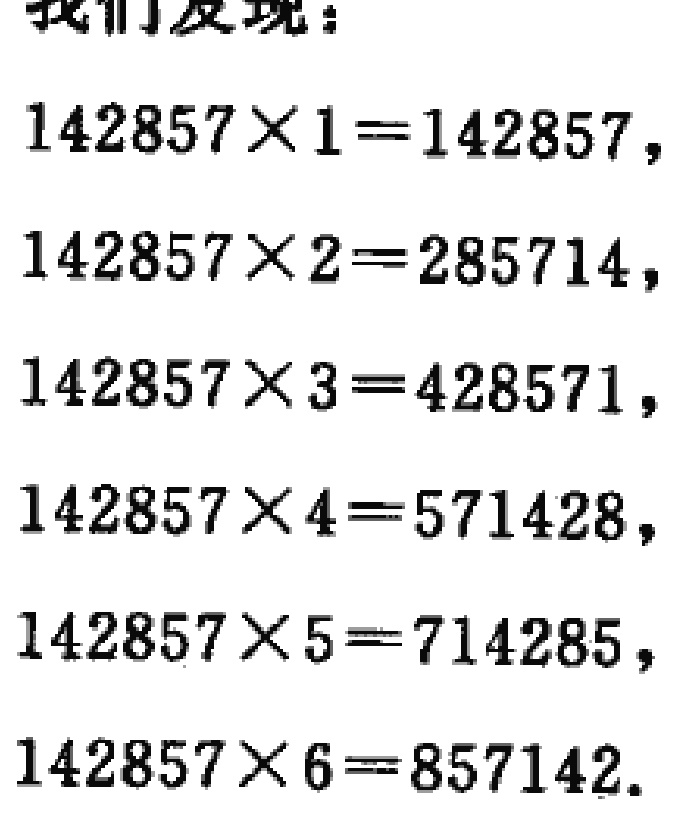
我们发现：

\(142857\times1 = 142857\)，

\(142857\times2 = 285714\)，

\(142857\times3 = 428571\)，

\(142857\times4 = 571428\)，

\(142857\times5 = 714285\)，

\(142857\times6 = 857142\)。